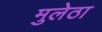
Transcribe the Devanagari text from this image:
मुलेठा